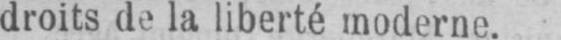
droits de la liberté moderne.